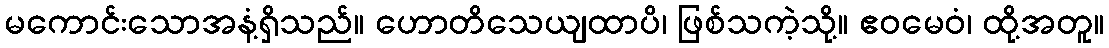
မကောင်းသောအနံ့ရှိသည်။ ဟောတိသေယျထာပိ၊ ဖြစ်သကဲ့သို့။ ဧဝမေဝံ၊ ထို့အတူ။